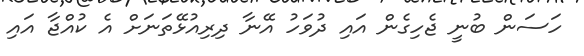
ހަސަން ބުނީ ޖެހިގެން އައި ދުވަހު އޭނާ ދިރިއުޅޭތަނަށް އެ ކުއްޖާ އައި